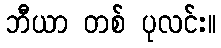
ဘီယာ တစ် ပုလင်း။